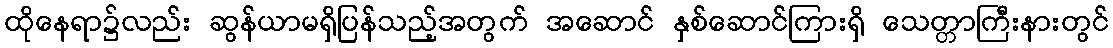
ထိုနေရာ၌လည်း ဆွန်ယာမရှိပြန်သည့်အတွက် အဆောင် နှစ်ဆောင်ကြားရှိ သေတ္တာကြီးနားတွင်